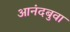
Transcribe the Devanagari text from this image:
आनंदबुवा